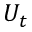
U _ { t }